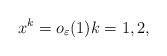
\begin{align*}x^k = o_{\varepsilon}(1) k = 1, 2,\end{align*}